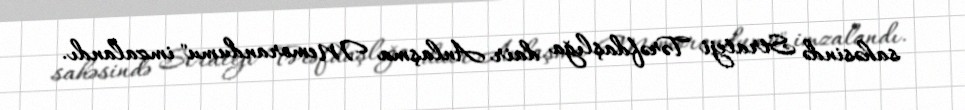
sahəsində Strateji Tərəfdaşlığa dair Anlaşma Memorandumu" imzalandı.